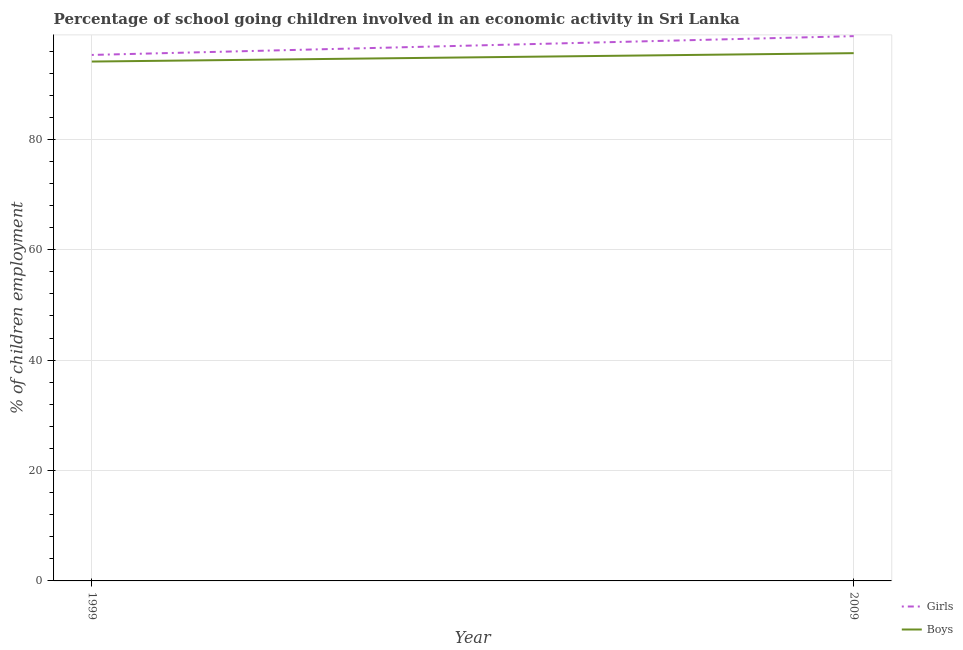
| Year | Girls | Boys |
 | --- | --- | --- |
 | 1999 | 95.3 | 94.1 |
 | 2009 | 98.7 | 95.6 |